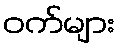
ဝက်များ